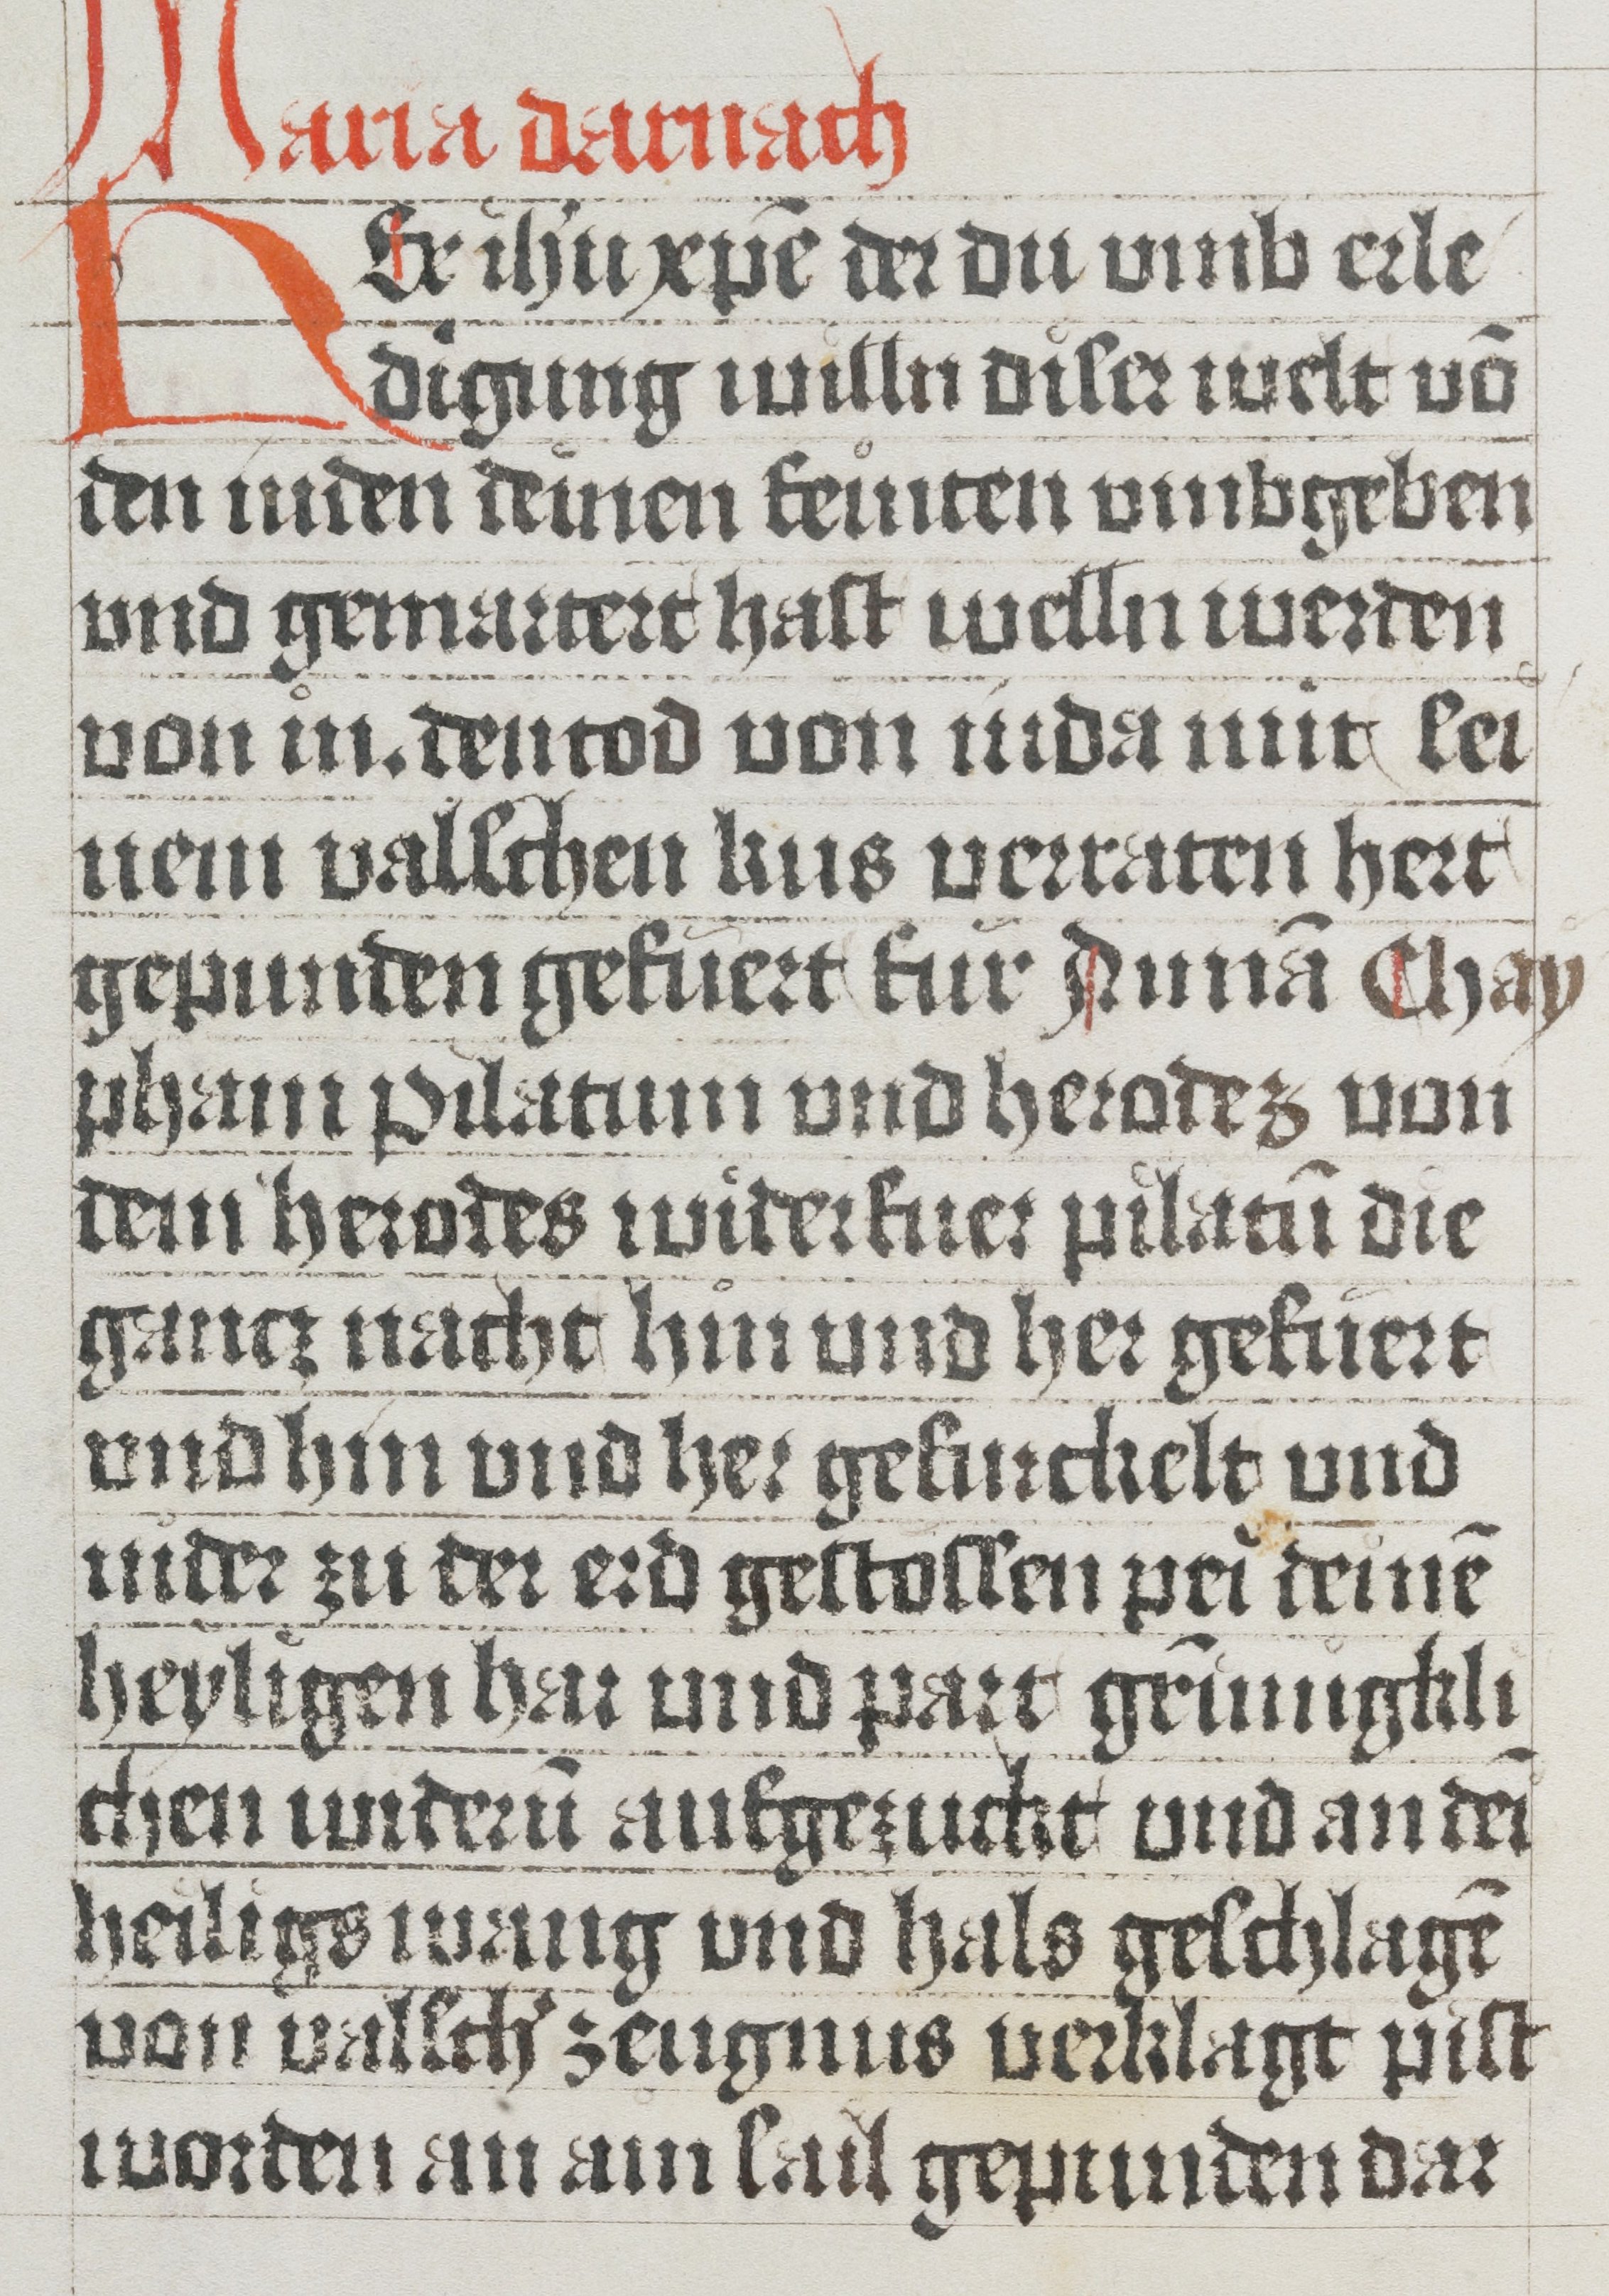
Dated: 1485–1535